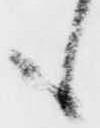
も